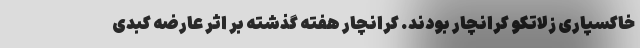
خاکسپاری زلاتکو کرانچار بودند. کرانچار هفته گذشته بر اثر عارضه کبدی